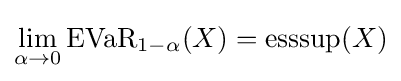
\lim _{\alpha \to 0}{\text{EVaR}}_{1-\alpha }(X)={\text{esssup}}(X)